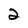
Character: 2